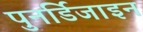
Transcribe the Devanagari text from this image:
पुनर्डिजाइन